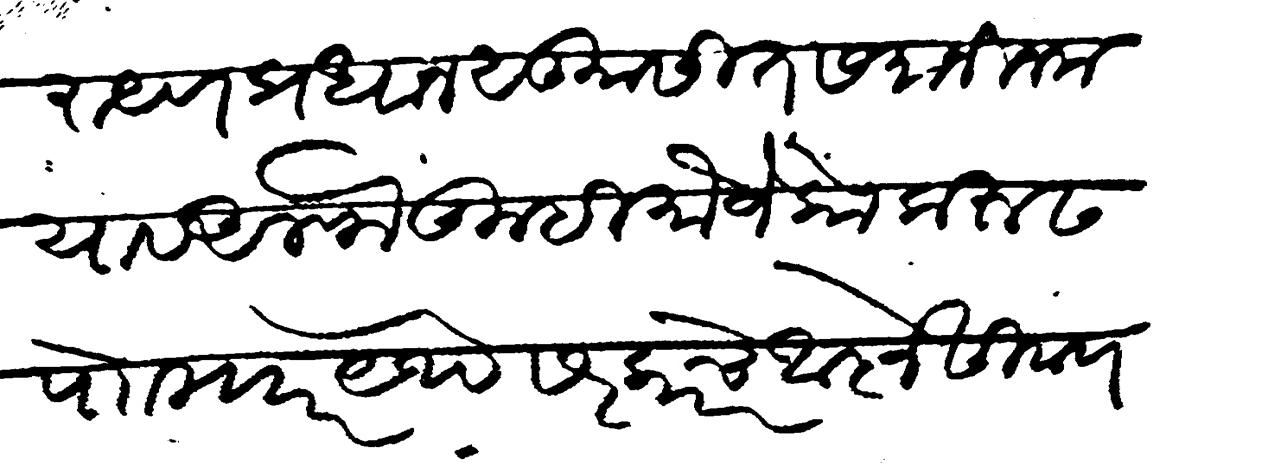
Transliteration (Devanagari): रायण प्रधान सु सीत समानीन मया व अलफ तुम्ही मौजे कोकरूढ पाो मजकूर येथे सरकारचे आज्ञे सिवाय